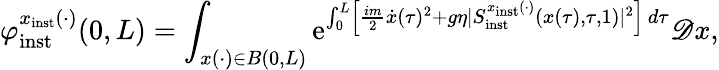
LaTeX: \varphi_{\mathrm{inst}}^{x_{\mathrm{inst}}(\cdot)}(0,L)=\int_{x(\cdot)\in B(0,L)}\mathrm{e}^{\int_{0}^{L}\left\lbrack\frac{im}{2}\dot{x}(\tau)^{2}+g\eta\vert S_{\mathrm{inst}}^{x_{\mathrm{inst}}(\cdot)}(x(\tau),\tau,1)\vert^{2}\right\rbrack\, d\tau}\mathscr{D}x,